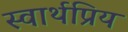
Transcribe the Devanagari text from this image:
स्वार्थप्रिय